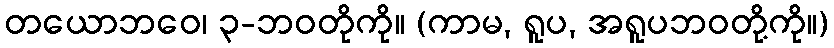
တယောဘဝေ၊ ၃-ဘဝတိုကို။ (ကာမ, ရူပ, အရူပဘဝတို့ကို။)